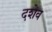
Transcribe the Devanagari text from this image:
दशेव